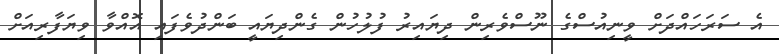
އެ ސަރަހައްދަށް ވީނިއުސްގެ ނޫސްވެރިން ދިޔައިރު ފުލުހުން ގެންދިޔައީ ބަންދުވެފައި އޮއްވާ ވިޔަފާރިއަށް